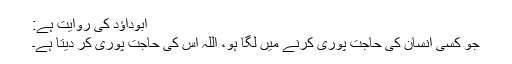
ابوداؤد کی روایت ہے:
جو کسی انسان کی حاجت پوری کرنے میں لگا ہو، اللہ اس کی حاجت پوری کر دیتا ہے۔